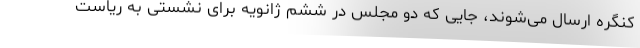
کنگره ارسال می‌شوند، جایی که دو مجلس در ششم ژانویه برای نشستی به ریاست